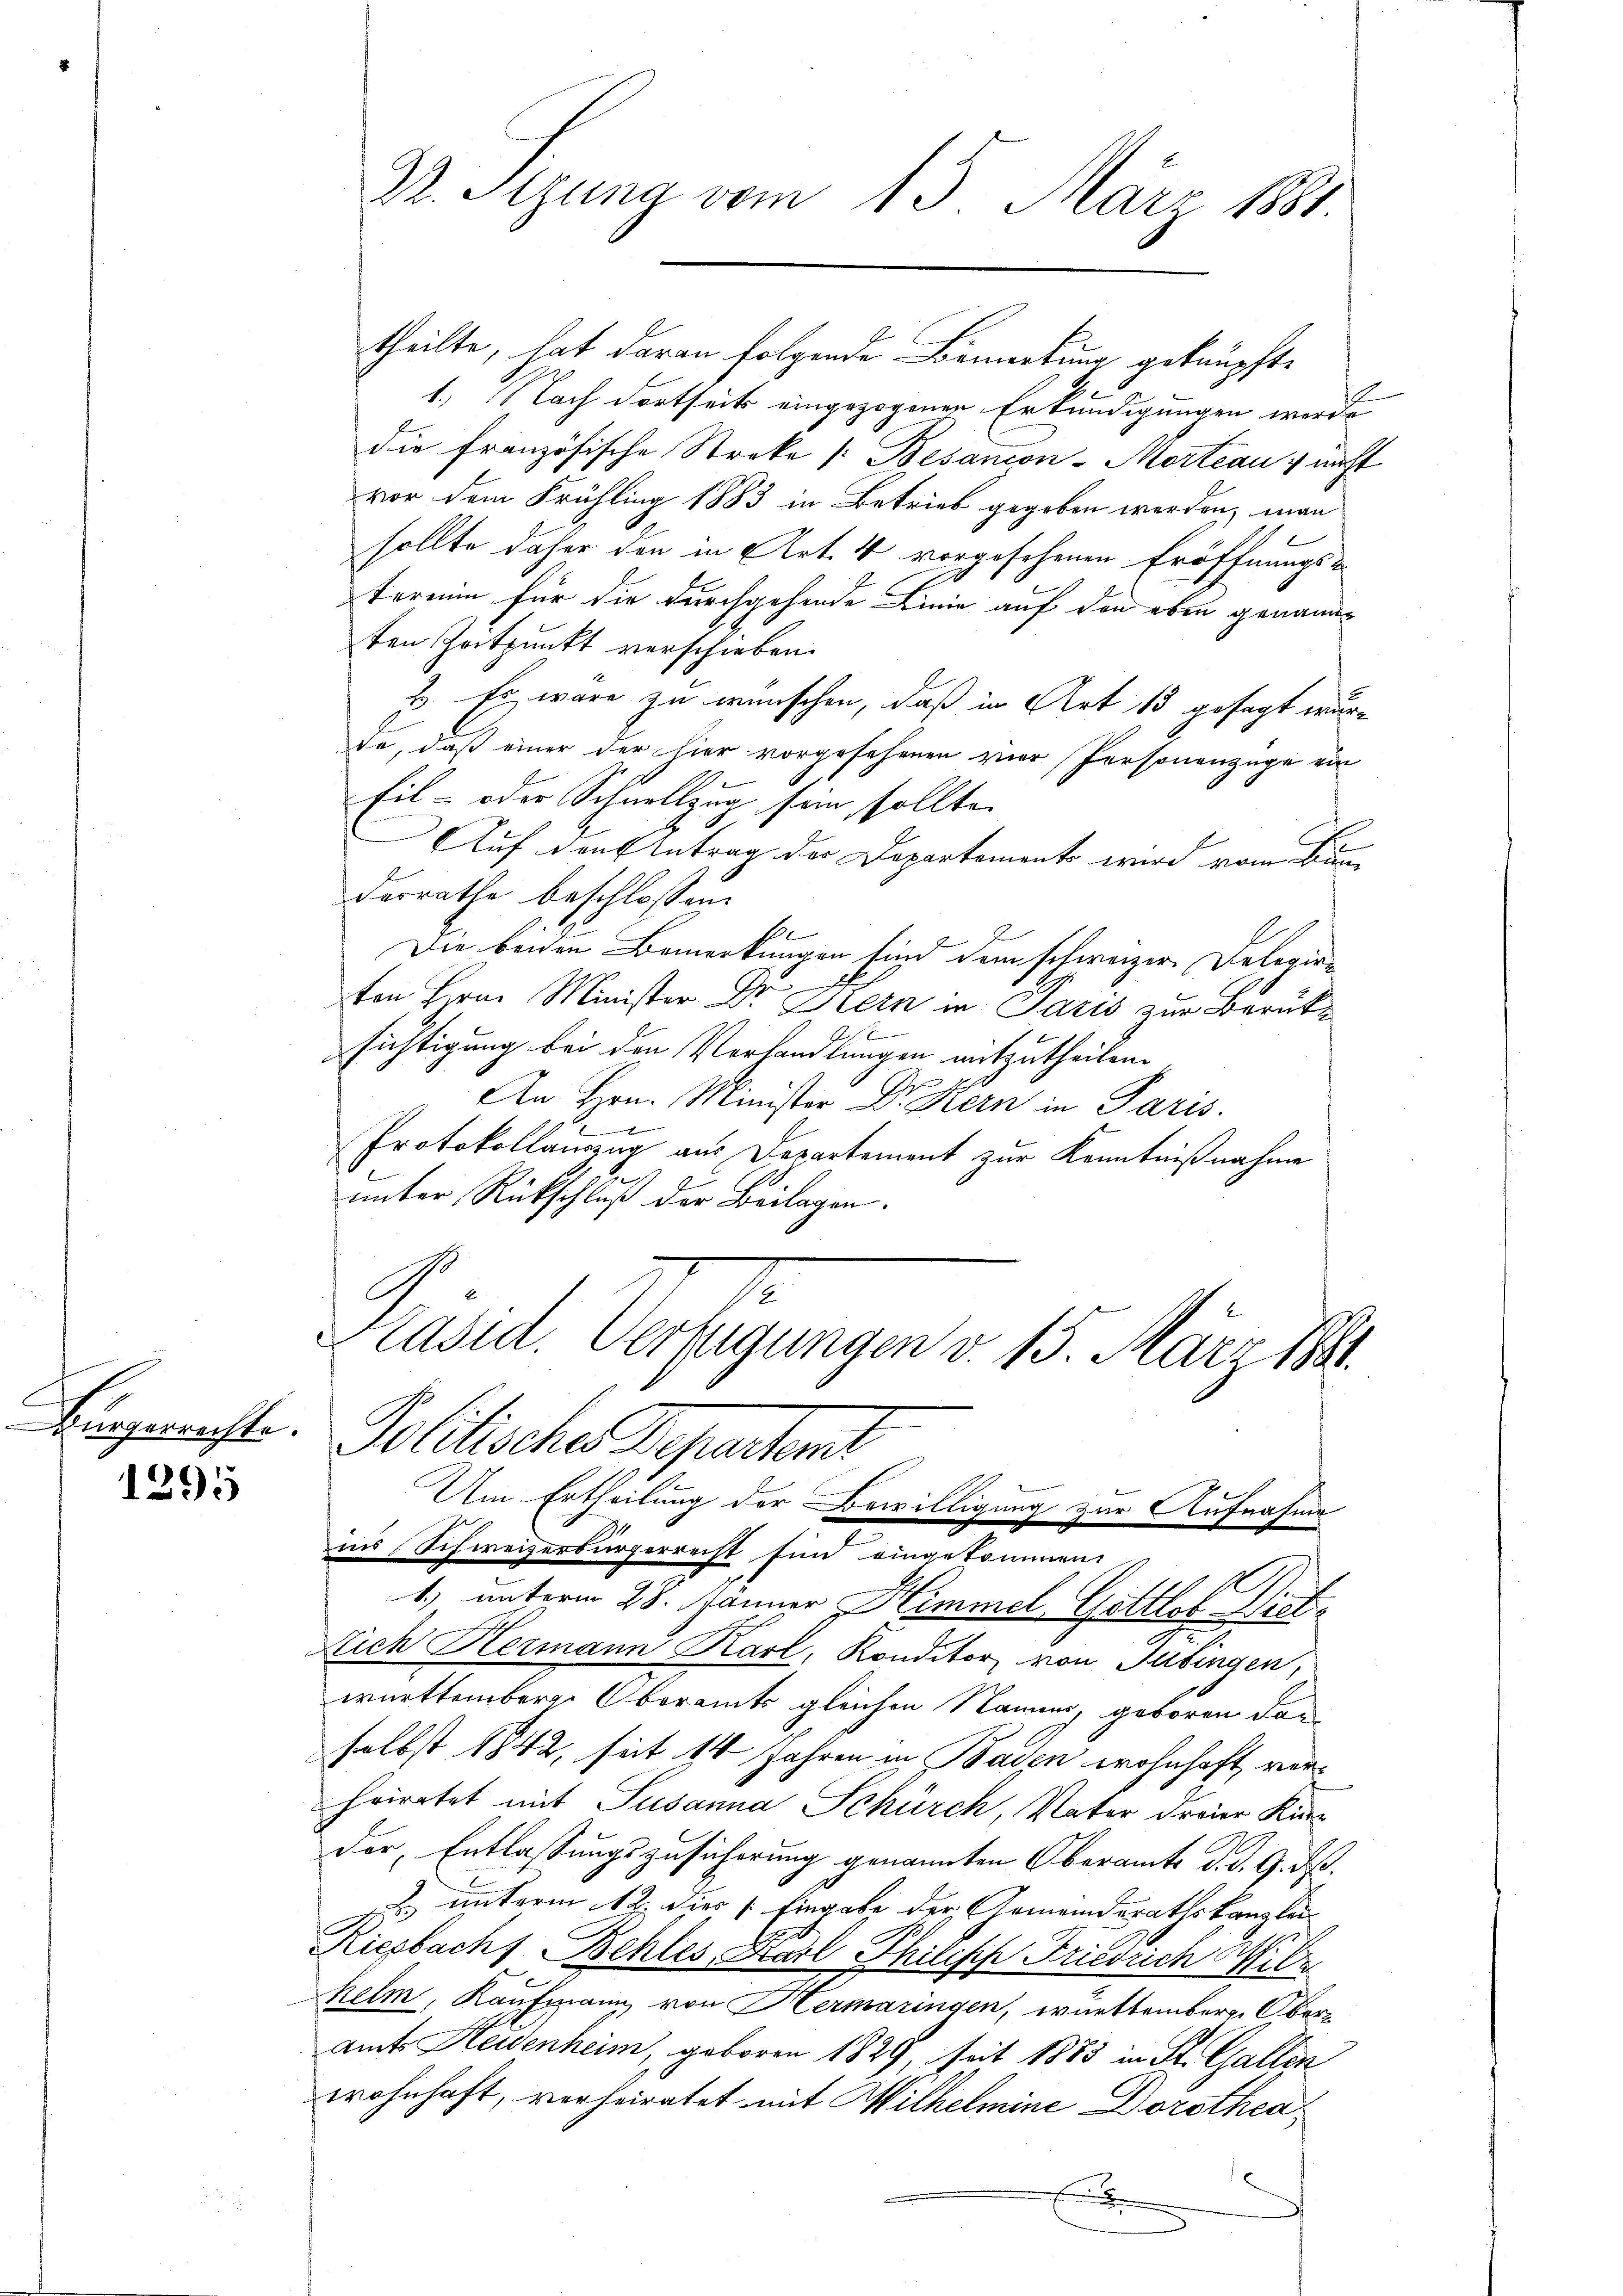
C
Bürgerrichte.

1295

theilte, hat daran folgende Bemerkung geknüpfte
1.) Nach dortseits eingezogenen Erkundigungen werde
die französische Stroka (Besancon-Morte auf nicht
vor dem Frühling 1883 in Betrieb gegeben werden, man
sollte daher den in Art. 4 vorgesehenen Eröffnungs-
terium für die durchgehende Linie auf den eben genannten Zeitpunkt verschieben.
2. Es wäre zu wünschen, daß in Art 13 gesagt wurde, daß einer der hier vorgesehenen vier Personenzüge ein
Eil- oder Schnellzug sein sollte.
Auf den Antrag der Departements wird vom Bunderrathe beschlossen
s
Die beiden Bemerkungen sind dem schweizer Delegir-

ton Herrn Minister u. Stern in Paris zur Berüks
J f. 6
sichtigung bei den Verhandlungen mitzutheilen.
An Hrn. Minister Dr. Kern in Paris.
1
Protokollauszug aus Departement zur Kenntnißnahme
s
unter Rückschluß der Beilagen.
2

Dr. Sizung vom 15. März 181.

Pläsid. Verfügungen v. 15. März 1881
Politisches Departen

Um Ertheilung der Bewilligung zur Aufnahme

ins Schweizerbürgerrecht sind eingekommen.
1.) unterm 28. Jänner Himmel Gottlob Dist
Nich Hermann Karl, Konditor von Tübingen,
württemberg. Oberamts gleichen Namen, geboren dan
selbst 1842, seit 14 Jahren in Baden wohnhaft verhriratet mit Susanna Schürch, Vater dreier Kürz
Der Entlassungszusicherung genannten Oberamte d. d. G. B.
 unterm 12. dies /: Eingabe der Gemeinderathskanzlei
Riesbachs Behles, Karl Philisch Friedrich Sibe
helm, Kaufmann von Hermaringen, württember Oberamts Heidenheim, geboren 1829, seit 1883 in St. Gallen
wohnhaft, verheiratet mit Wilhelmine Dorothea¬
E